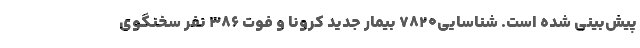
پیش‌بینی شده است. شناسایی۷۸۲۰ بیمار جدید کرونا و فوت ۳۸۶ نفر سخنگوی